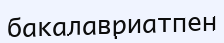
бакалавриатпен